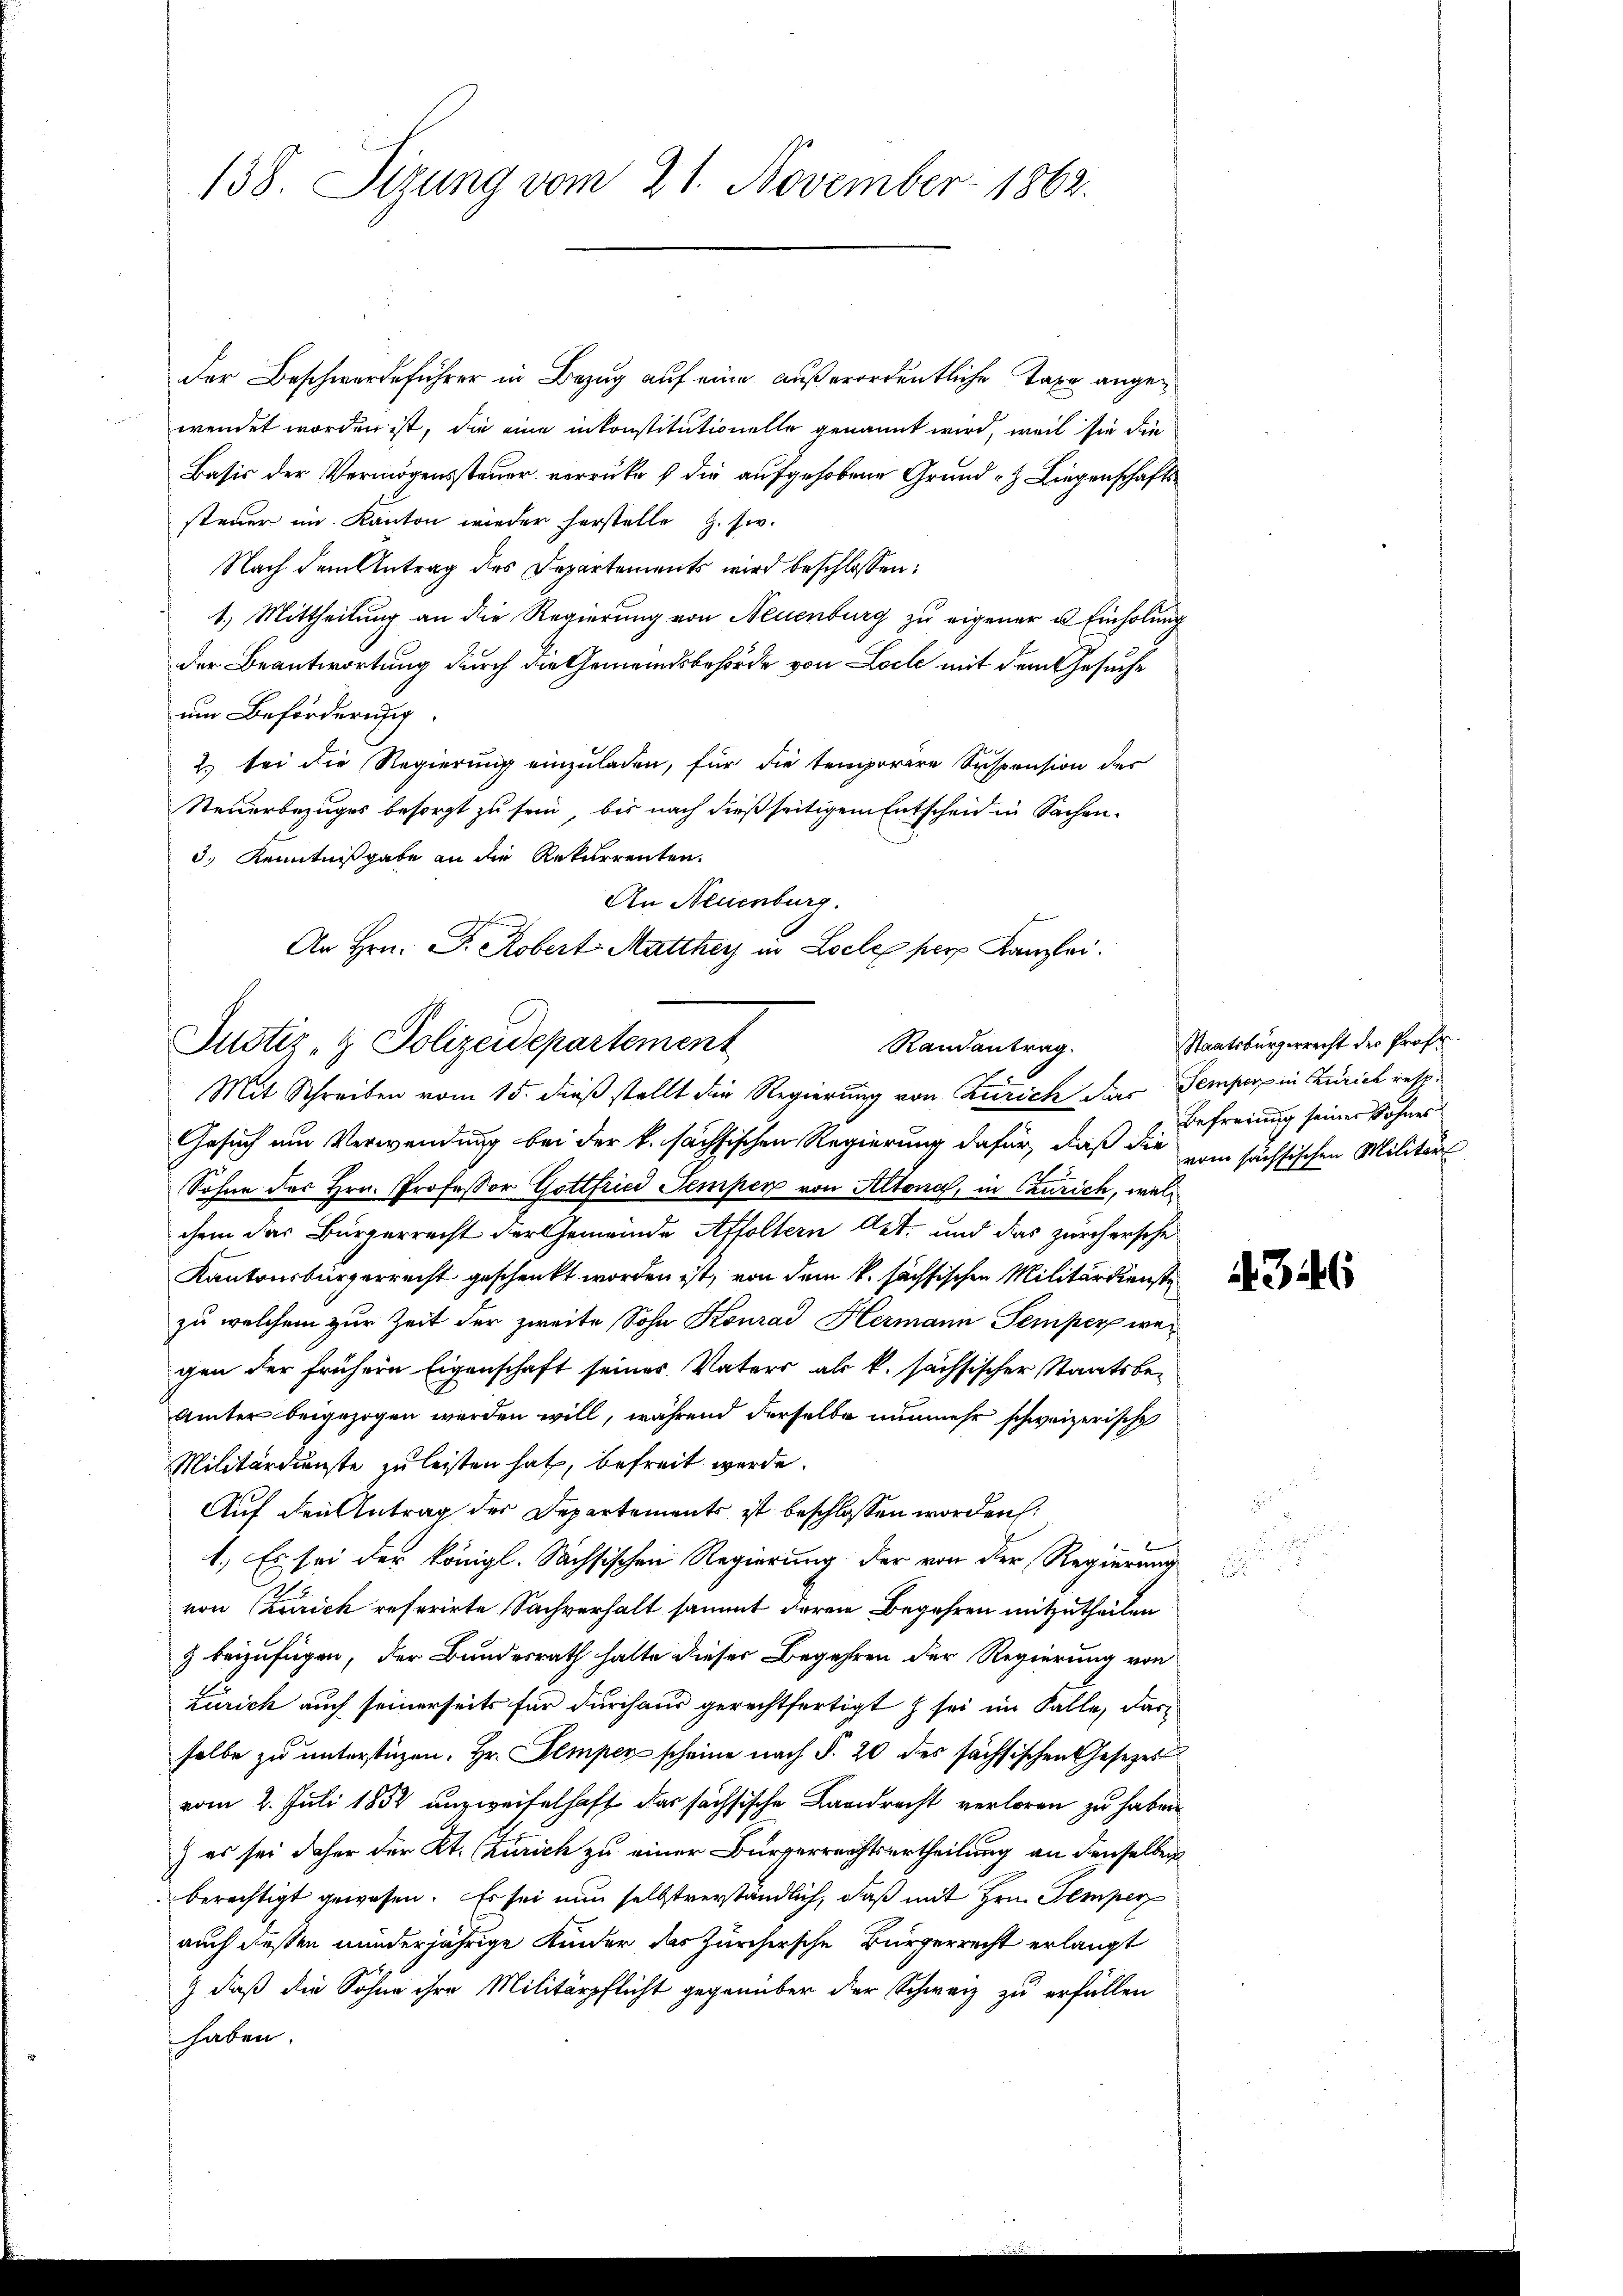
138. Sizung vom 21. November 1862.

der Beschwerdeführer in Bezug auf eine außerordentliche Taxe angewendet worden ist, die eine inkonstitutionelle genannt wird, weil sie die
Basis der Vermögenssteuer verrückes die aufgehobene Grund- Liegenschaftssteuer im Kanton wieder herstelle H.siv.
Nach dem Antrag des Departements wird beschlossen:
1.) Mittheilung an die Regierung von Neuenburg zu eigener u. Einholung
der Beantwortung durch die Gemeindsbehörde von Loche mit dem Gesuche
um Beförderung.
2.) bei die Regierung einzuladen, für die temporire Suspension des
Steuerbezuges besorgt zu sein, bis nach dießseitigem Entscheid in Sachend. Kenntnißgabe an die Rekurrenten.
An Neuenburg.
An Hrn. F. Robert Matthey in Locle pers Kanzlei.
Gesuch um Verwendung bei der k. sächsischen Regierung dafür, daß die vom sächsischen Militärs
Sohne des Hrn. Professor Gottfried Semper von Altona, in Curich, welchem das Bürgerrecht der Gemeinde Affoltern Art. und das zürchersche
Kantonsbürgerrecht geschenkt worden ist, von dem k. sächsischen Militärdienste
zu welchem zur Zeit der zweite Sohn Konrad Hermann Semper wegen der frühern Eigenschaft seines Vaters als k. sächsischer Staatsbe¬
Ämter beigezogen werden will, während derselbe nunmehr schweizerische
Militärdienste zu leisten hat, befreit werde.
Auf den Antrag der Departements ist beschlossen worden.
1.) Es sei der königl. Sachsischen Regierung der von der Regierung
von (zurich referirte Sachverhalt sammt deren Begehren mitzutheilen
z beizufügen, der Bundesrath hatte dieser Begehren der Regierung von
Zürich auch seinerseits für durchaus gerechtfertigt sei im Falle, darselbe zu unterstüzen. Hr. Semper scheine nach §. 20 dies sächsischen Gesetzes
vom 2. Juli 1852 unzweifelhaft das sachsische Landrecht verloren zu haben
) es sei daher der Kt. Zürich zu einer Bürgerreichtsurtheilung an denselben
berechtigt gewesen. Es sei nun selbstverständlich, daß mit Hrn. Temper
auch dessen minderjährige Kinder das Zürchersche Bürgerrecht erlangt
) daß die Söhne ihre Militärpflicht gegenüber der Schwarz zu erfüllen
haben.

Justiz- & Polizeidepartement
Randantrag.
Mit Schreiben vom 15. dieß stellt die Regierung von Zürich das Semper in Zürich resp.

Staatsbürgerrecht der Prof.
Befreiung seiner Sohnes

4. 346